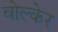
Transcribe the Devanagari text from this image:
वोल्केर